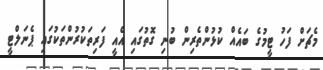
މެޗަށް ފަހު ޓީމުގެ ބައެއް ކުޅުންތެރިން ބުނި ގޮތުގައި އެއީ ފަރިތަކުރުންތަކުގައި ޕެނަލްޓީ